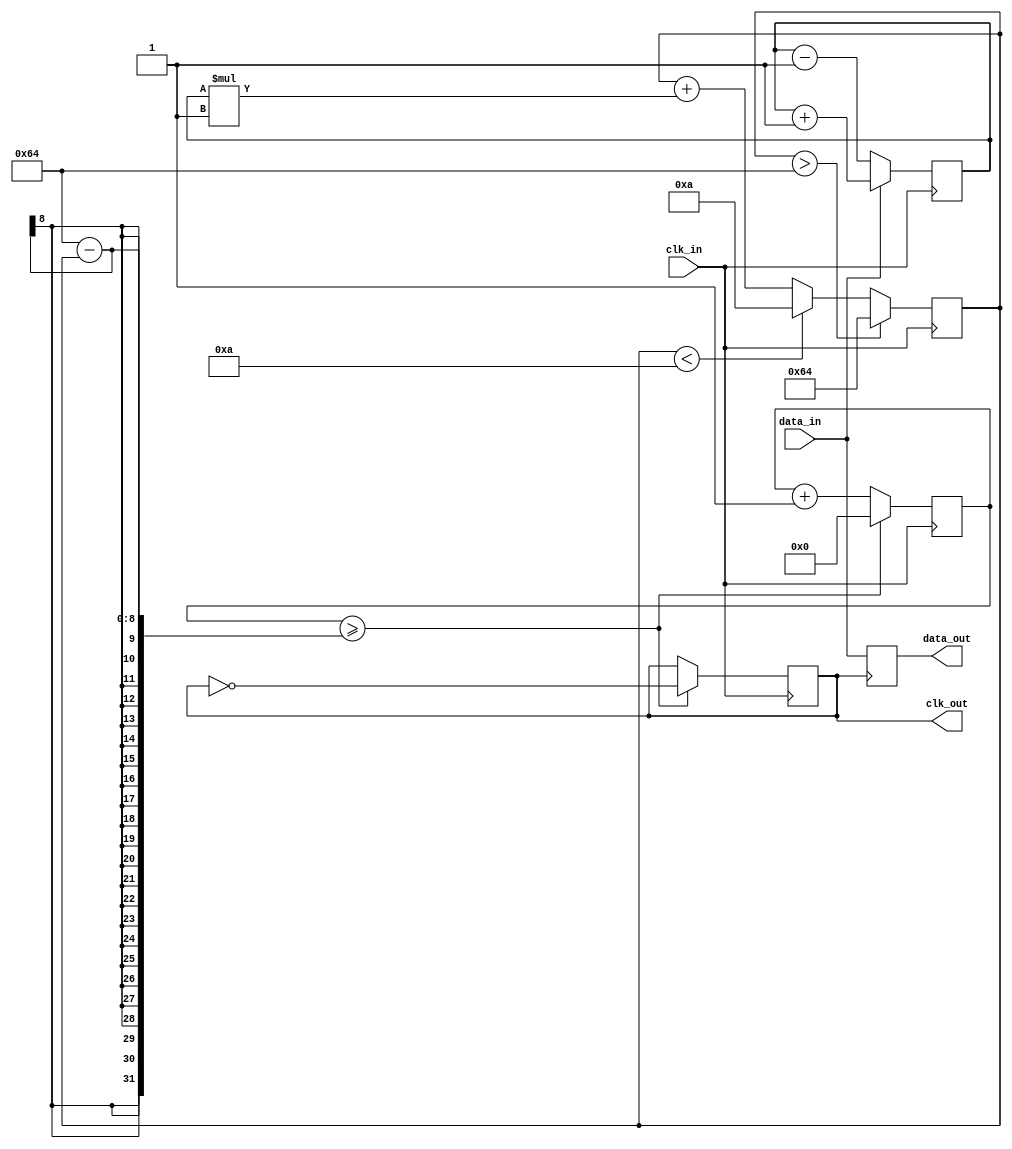
module pll_synchronizer (
    input wire clk_in,         // Incoming clock signal
    input wire data_in,        // Incoming data signal
    output reg data_out,       // Synchronized output data
    output reg clk_out         // Synchronized output clock
);

// Parameters for the PLL
parameter integer VCO_MAX_FREQ = 100; // Max frequency for VCO
parameter integer VCO_MIN_FREQ = 10;  // Min frequency for VCO
parameter integer LOOP_FILTER_GAIN = 1; // Gain for loop filter

// Internal signals
reg [7:0] phase_error;         // Phase error signal
reg [7:0] control_voltage;      // Control voltage for VCO
reg [7:0] vco_frequency;        // Current frequency of VCO
reg [7:0] vco_counter;          // Counter for VCO output
reg [3:0] sample_counter;       // Counter for data sampling

// Phase Detector (PD)
always @(posedge clk_in) begin
    if (data_in) begin
        phase_error <= phase_error + 1; // Increment error if data is high
    end else begin
        phase_error <= phase_error - 1; // Decrement error if data is low
    end
end

// Loop Filter (LF)
always @(posedge clk_in) begin
    control_voltage <= control_voltage + (phase_error * LOOP_FILTER_GAIN);
    // Clamp control voltage to VCO frequency range
    if (control_voltage > VCO_MAX_FREQ) begin
        control_voltage <= VCO_MAX_FREQ;
    end else if (control_voltage < VCO_MIN_FREQ) begin
        control_voltage <= VCO_MIN_FREQ;
    end
end

// Voltage-Controlled Oscillator (VCO)
always @(posedge clk_in) begin
    if (vco_counter >= (100 - control_voltage)) begin
        clk_out <= ~clk_out; // Toggle output clock
        vco_counter <= 0;     // Reset counter
    end else begin
        vco_counter <= vco_counter + 1; // Increment counter
    end
end

// Data Sampling Circuit
always @(posedge clk_out) begin
    data_out <= data_in; // Sample data on the rising edge of the local clock
end

endmodule